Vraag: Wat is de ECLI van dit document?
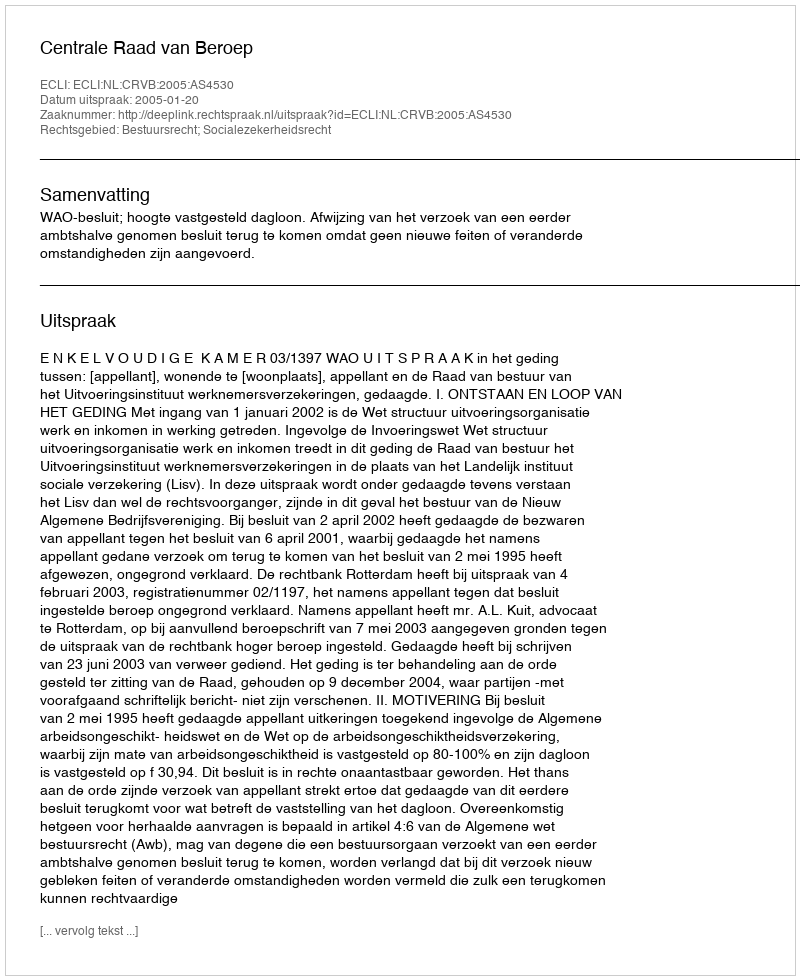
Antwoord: ECLI:NL:CRVB:2005:AS4530